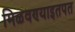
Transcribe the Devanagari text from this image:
मिळवण्याइतपत